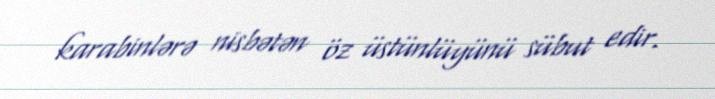
karabinlərə nisbətən öz üstünlüyünü sübut edir.